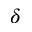
\delta